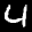
Label: 4